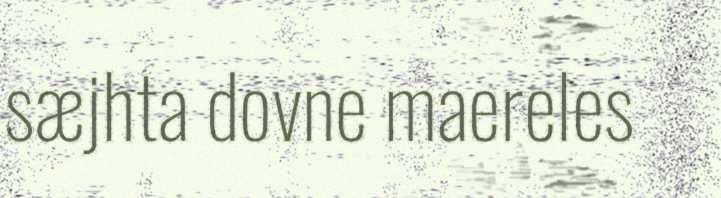
sæjhta dovne maereles